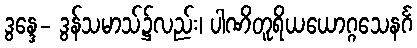
ဒွန္ဒေ- ဒွန်သမာသ်၌လည်း၊ ပါဏိတူရိယယောဂ္ဂသေနင်္ဂ